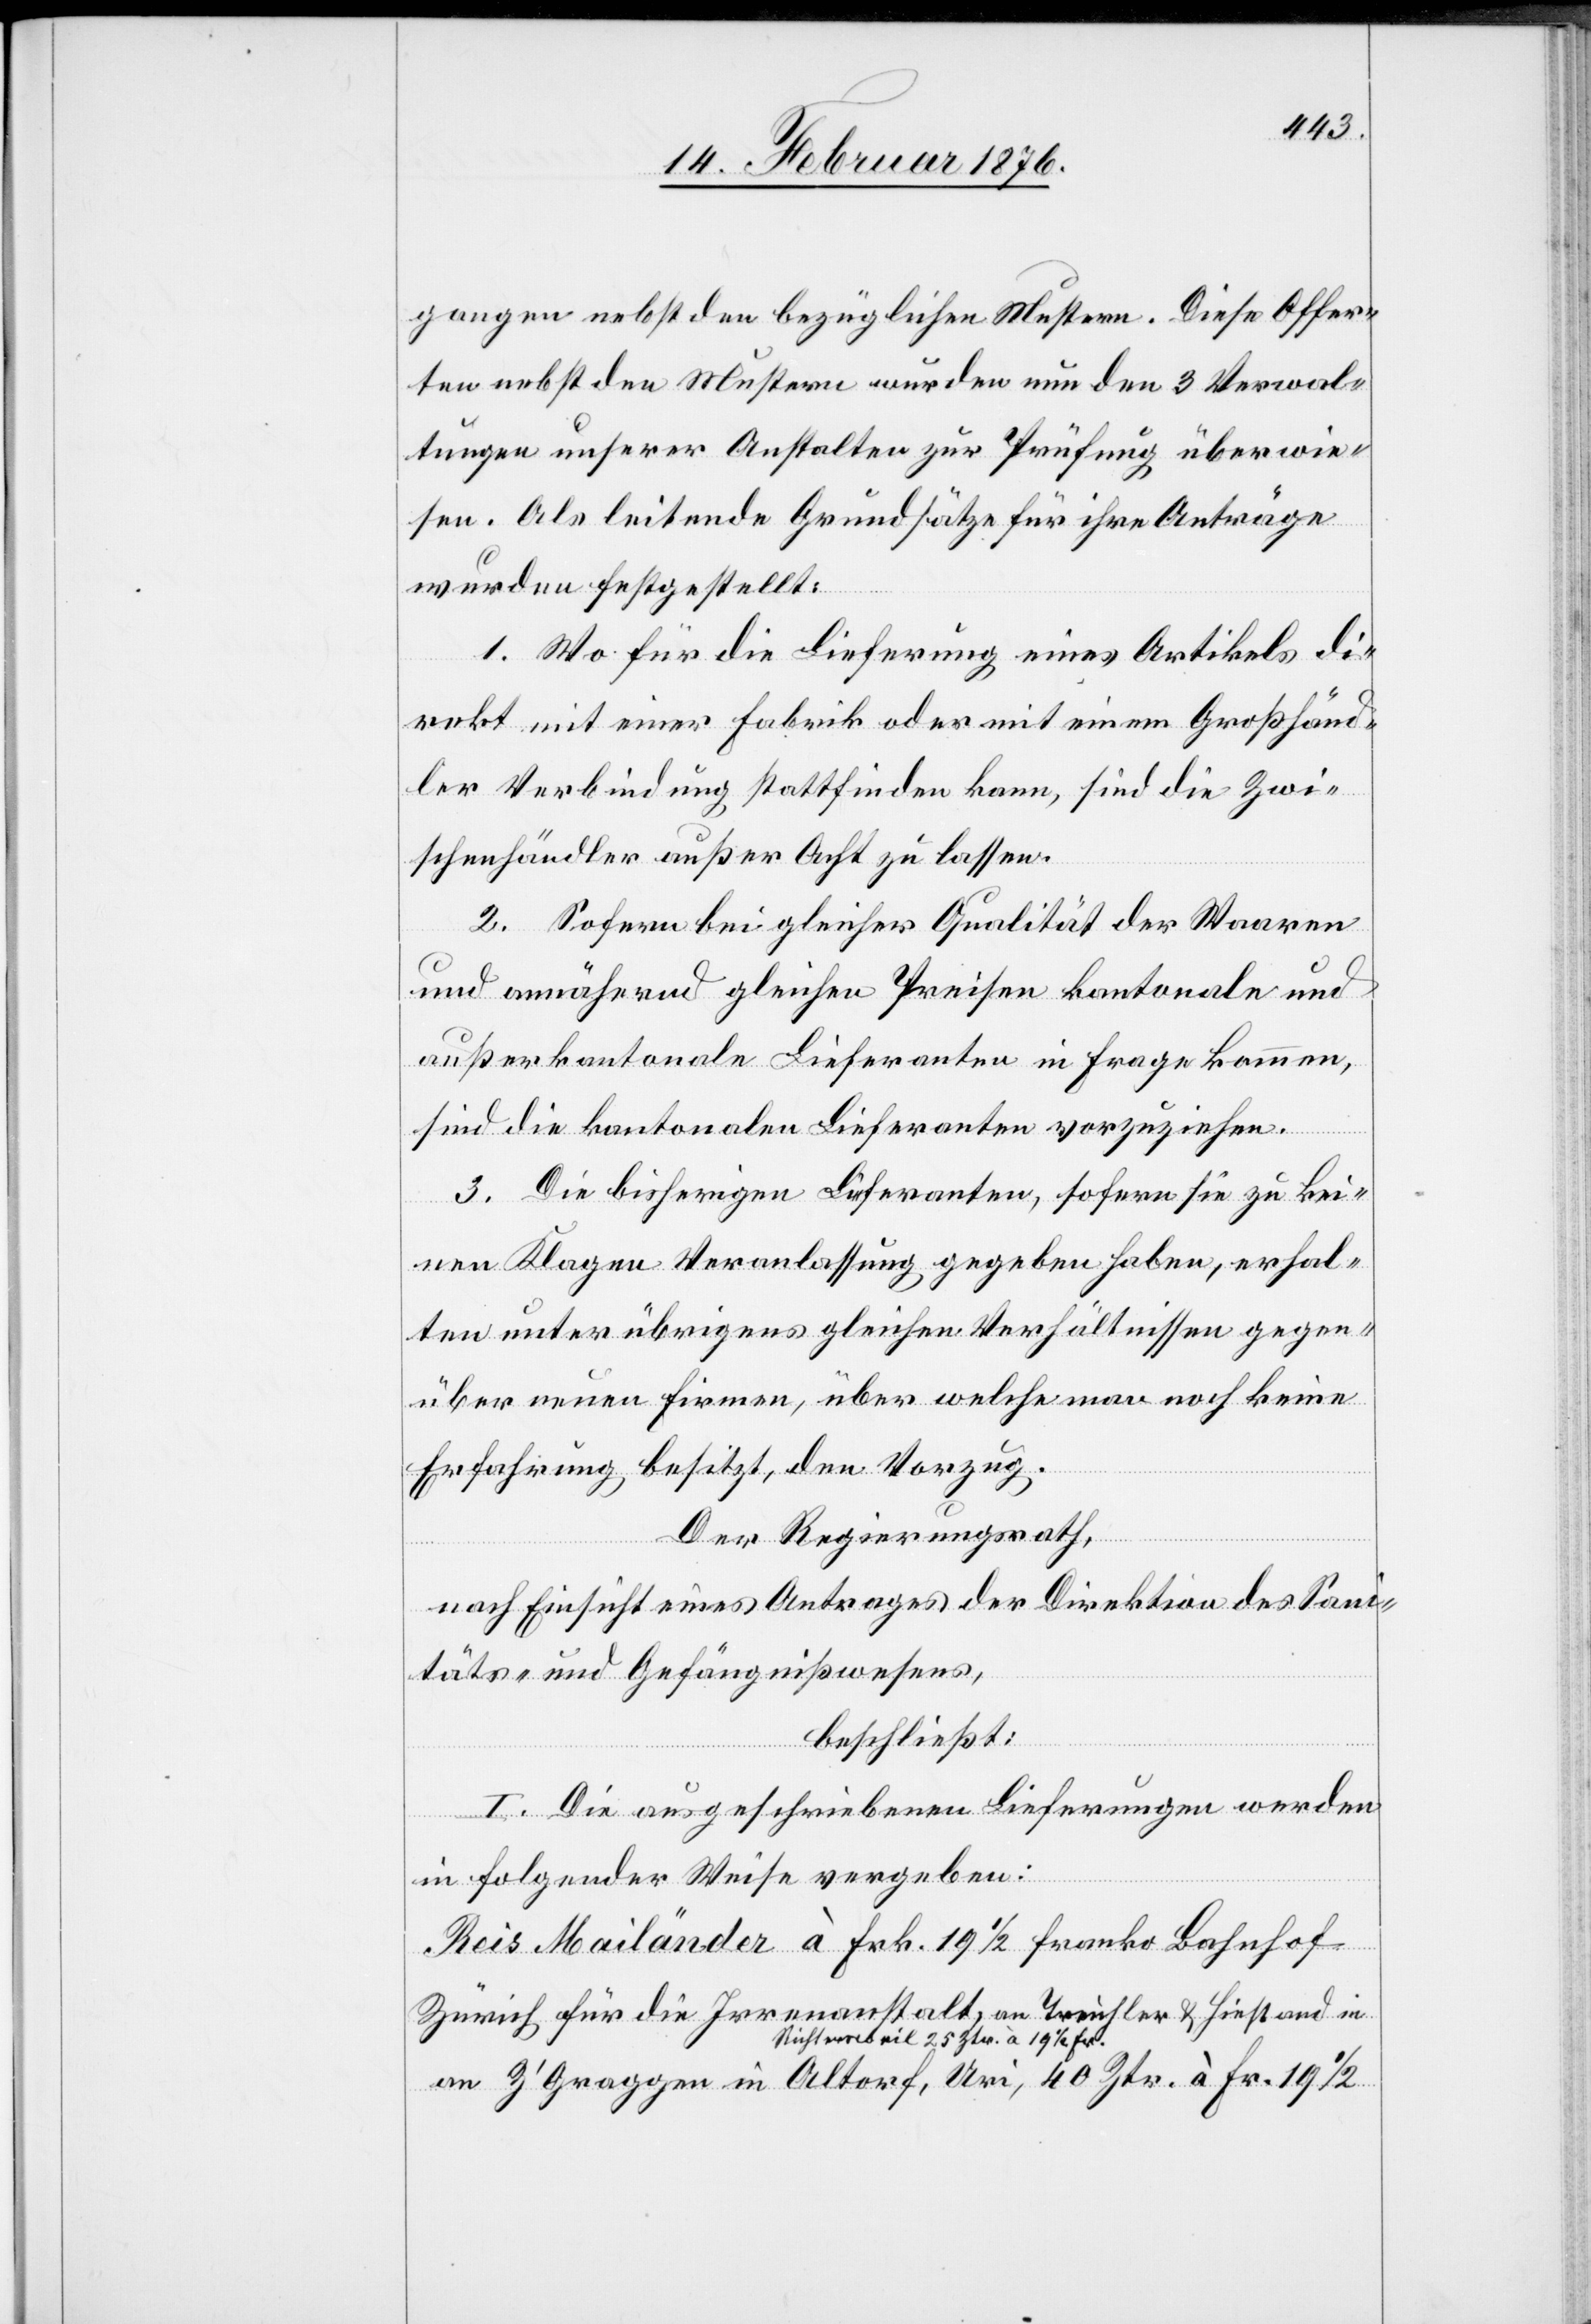
gangen nebst den bezüglichen Mustern. Diese Offer¬
ten nebst den Mustern wurden nun den 3 Verwal¬
tungen unserer Anstalten zur Prüfung überwie¬
sen. Als leitende Grundsätze für ihre Anträge
wurden festgestellt:
1. Wo für die Lieferung eines Artikels di¬
rekt mit einer Fabrik oder mit einem Großhänd¬
ler Verbindung stattfinden kann, sind die Zwi¬
schenhändler außer Acht zu lassen.
2. Sofern bei gleicher Qualität der Waaren
und annähernd gleichen Preisen kantonale und
außerkantonale Lieferanten in Frage kommen,
sind die kantonalen Lieferanten vorzuziehen.
3. Die bisherigen Lieferanten, sofern sie zu kei¬
nen Klagen Veranlassung gegeben haben, erhal¬
ten unter übrigens gleichen Verhältnissen gegen¬
über neuen Firmen, über welche man noch keine
Erfahrung besitzt, den Vorzug.
Der Regierungsrath,
nach Einsicht eines Antrages der Direktion des Sani¬
täts- und Gefängnißwesens,
beschließt:
I. Die ausgeschriebenen Lieferungen werden
in folgender Weise vergeben:
Reis Mailänder à Frk. 19 1/2 franko Bahnhof
Zürich für die Irrenanstalt, an Treichler & Hiestand in
a-Richtersweil 25 Ztr. à 19 1/2 Fr.-a
an Z’Graggen in Altorf, Uri, 40 Ztr. à Fr. 19 1/2